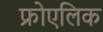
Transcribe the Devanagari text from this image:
फ्रोएलिक